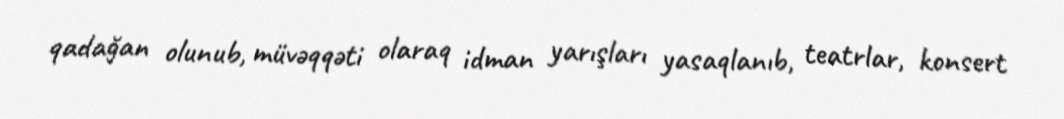
qadağan olunub, müvəqqəti olaraq idman yarışları yasaqlanıb, teatrlar, konsert